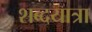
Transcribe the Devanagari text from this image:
शब्दयात्रा